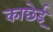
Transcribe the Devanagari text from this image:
काछेई